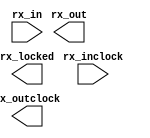
// megafunction wizard: %ALTLVDS%VBB%
// GENERATION: STANDARD
// VERSION: WM1.0
// MODULE: altlvds_rx 

// ============================================================
// Megafunction Name(s):
// 			altlvds_rx
//
// Simulation Library Files(s):
// 			altera_mf
// ============================================================
// ************************************************************
// THIS IS A WIZARD-GENERATED FILE. DO NOT EDIT THIS FILE!
//
// 9.0 Build 132 02/25/2009 SJ Full Version
// ************************************************************

//Copyright (C) 1991-2009 Altera Corporation
//Your use of Altera Corporation's design tools, logic functions 
//and other software and tools, and its AMPP partner logic 
//functions, and any output files from any of the foregoing 
//(including device programming or simulation files), and any 
//associated documentation or information are expressly subject 
//to the terms and conditions of the Altera Program License 
//Subscription Agreement, Altera MegaCore Function License 
//Agreement, or other applicable license agreement, including, 
//without limitation, that your use is for the sole purpose of 
//programming logic devices manufactured by Altera and sold by 
//Altera or its authorized distributors.  Please refer to the 
//applicable agreement for further details.

module LVDS_AD (
	rx_in,
	rx_inclock,
	rx_locked,
	rx_out,
	rx_outclock);

	input	[7:0]  rx_in;
	input	  rx_inclock;
	output	  rx_locked;
	output	[95:0]  rx_out;
	output	  rx_outclock;

endmodule

// ============================================================
// CNX file retrieval info
// ============================================================
// Retrieval info: PRIVATE: Clock_Mode NUMERIC "0"
// Retrieval info: PRIVATE: Data_rate STRING "600"
// Retrieval info: PRIVATE: Deser_Factor NUMERIC "12"
// Retrieval info: PRIVATE: Enable_DPA_Mode STRING "OFF"
// Retrieval info: PRIVATE: Ext_PLL STRING "OFF"
// Retrieval info: PRIVATE: INCLOCK_PHASE_SHIFT STRING "56.25"
// Retrieval info: PRIVATE: INTENDED_DEVICE_FAMILY STRING "Cyclone III"
// Retrieval info: PRIVATE: Int_Device STRING "Cyclone III"
// Retrieval info: PRIVATE: LVDS_Mode NUMERIC "1"
// Retrieval info: PRIVATE: Le_Serdes STRING "ON"
// Retrieval info: PRIVATE: Num_Channel NUMERIC "8"
// Retrieval info: PRIVATE: PLL_Enable NUMERIC "0"
// Retrieval info: PRIVATE: PLL_Freq STRING "50.00"
// Retrieval info: PRIVATE: PLL_Period STRING "20.000"
// Retrieval info: PRIVATE: Reg_InOut NUMERIC "1"
// Retrieval info: PRIVATE: SYNTH_WRAPPER_GEN_POSTFIX STRING "0"
// Retrieval info: PRIVATE: Use_Clock_Resc STRING "AUTO"
// Retrieval info: PRIVATE: Use_Common_Rx_Tx_Plls NUMERIC "0"
// Retrieval info: PRIVATE: Use_Data_Align NUMERIC "0"
// Retrieval info: PRIVATE: Use_Ext_Data_Align NUMERIC "0"
// Retrieval info: PRIVATE: Use_Lock NUMERIC "1"
// Retrieval info: PRIVATE: Use_Pll_Areset NUMERIC "0"
// Retrieval info: CONSTANT: COMMON_RX_TX_PLL STRING "OFF"
// Retrieval info: CONSTANT: DESERIALIZATION_FACTOR NUMERIC "12"
// Retrieval info: CONSTANT: IMPLEMENT_IN_LES STRING "ON"
// Retrieval info: CONSTANT: INCLOCK_DATA_ALIGNMENT STRING "UNUSED"
// Retrieval info: CONSTANT: INCLOCK_PERIOD NUMERIC "20000"
// Retrieval info: CONSTANT: INCLOCK_PHASE_SHIFT NUMERIC "521"
// Retrieval info: CONSTANT: INPUT_DATA_RATE NUMERIC "600"
// Retrieval info: CONSTANT: INTENDED_DEVICE_FAMILY STRING "Cyclone III"
// Retrieval info: CONSTANT: LPM_TYPE STRING "altlvds_rx"
// Retrieval info: CONSTANT: NUMBER_OF_CHANNELS NUMERIC "8"
// Retrieval info: CONSTANT: PLL_SELF_RESET_ON_LOSS_LOCK STRING "ON"
// Retrieval info: CONSTANT: PORT_RX_CHANNEL_DATA_ALIGN STRING "PORT_UNUSED"
// Retrieval info: CONSTANT: PORT_RX_DATA_ALIGN STRING "PORT_UNUSED"
// Retrieval info: CONSTANT: REGISTERED_DATA_ALIGN_INPUT STRING "OFF"
// Retrieval info: CONSTANT: REGISTERED_OUTPUT STRING "ON"
// Retrieval info: CONSTANT: USE_EXTERNAL_PLL STRING "OFF"
// Retrieval info: USED_PORT: rx_in 0 0 8 0 INPUT NODEFVAL rx_in[7..0]
// Retrieval info: USED_PORT: rx_inclock 0 0 0 0 INPUT_CLK_EXT GND rx_inclock
// Retrieval info: USED_PORT: rx_locked 0 0 0 0 OUTPUT NODEFVAL rx_locked
// Retrieval info: USED_PORT: rx_out 0 0 96 0 OUTPUT NODEFVAL rx_out[95..0]
// Retrieval info: USED_PORT: rx_outclock 0 0 0 0 OUTPUT NODEFVAL rx_outclock
// Retrieval info: CONNECT: @rx_in 0 0 8 0 rx_in 0 0 8 0
// Retrieval info: CONNECT: rx_out 0 0 96 0 @rx_out 0 0 96 0
// Retrieval info: CONNECT: @rx_inclock 0 0 0 0 rx_inclock 0 0 0 0
// Retrieval info: CONNECT: rx_locked 0 0 0 0 @rx_locked 0 0 0 0
// Retrieval info: CONNECT: rx_outclock 0 0 0 0 @rx_outclock 0 0 0 0
// Retrieval info: LIBRARY: altera_mf altera_mf.altera_mf_components.all
// Retrieval info: GEN_FILE: TYPE_NORMAL LVDS_AD.v TRUE
// Retrieval info: GEN_FILE: TYPE_NORMAL LVDS_AD.ppf TRUE
// Retrieval info: GEN_FILE: TYPE_NORMAL LVDS_AD.inc TRUE
// Retrieval info: GEN_FILE: TYPE_NORMAL LVDS_AD.cmp TRUE
// Retrieval info: GEN_FILE: TYPE_NORMAL LVDS_AD.bsf TRUE FALSE
// Retrieval info: GEN_FILE: TYPE_NORMAL LVDS_AD_inst.v TRUE
// Retrieval info: GEN_FILE: TYPE_NORMAL LVDS_AD_bb.v TRUE
// Retrieval info: LIB_FILE: altera_mf
// Retrieval info: CBX_MODULE_PREFIX: ON